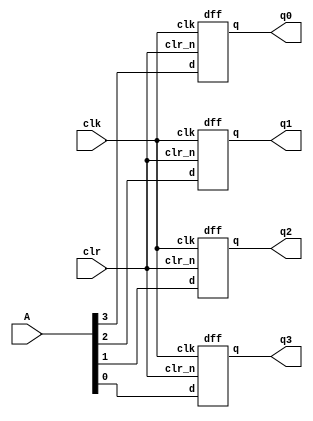
`timescale 1ns / 1ps
//////////////////////////////////////////////////////////////////////////////////
// Company: 
// Engineer: 
// 
// Design Name: 
// Module Name:    FourBitRegisterWithDFlipFlop 
// Project Name: 
// Target Devices: 
// Tool versions: 
// Description: 
//
// Dependencies: 
//
// Revision: 
// Revision 0.01 - File Created
// Additional Comments: 
//
//////////////////////////////////////////////////////////////////////////////////


module FourBitRegisterWithDFlipFlop(A,clk,clr,q0,q1,q2,q3);
input [0:3] A;
input clk;
input clr;
output wire q0,q1,q2,q3;

dff df0(clr,clk,A[0],q0);
dff df1(clr,clk,A[1],q1);
dff df2(clr,clk,A[2],q2);
dff df3(clr,clk,A[3],q3);

endmodule




module dff(clr_n,clk,d,q);
input clr_n, clk, d;
output reg q;

always @(negedge clk, negedge clr_n)
begin 
	if(~clr_n)
	q<= 0;
	else 
	q<= d;
	end
endmodule